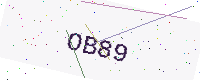
Text: OB89